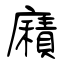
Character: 廭